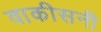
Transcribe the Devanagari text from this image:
वाकीसनी